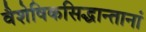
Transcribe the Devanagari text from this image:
वैशेषिकसिद्धान्तानां